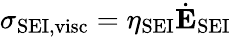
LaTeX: \mathbf{\sigma}_{\mathrm{SEI,visc}}=\eta_{\mathrm{SEI}}\dot{\mathbf{E}}_{\mathrm{SEI}}